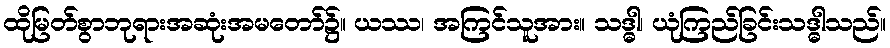
ထိုမြတ်စွာဘုရားအဆုံးအမတော်၌။ ယဿ၊ အကြင်သူအား။ သဒ္ဓါ၊ ယုံကြည်ခြင်းသဒ္ဓါသည်။